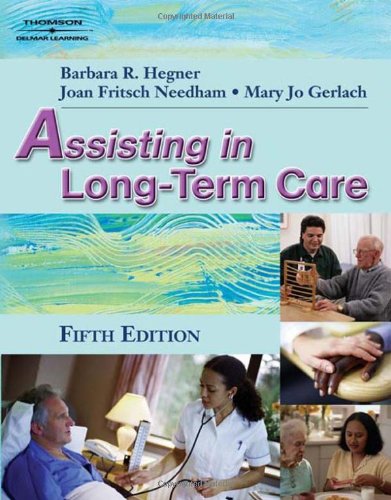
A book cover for Assisting in Long-Term Care; Barbara Hegner; Medical Books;